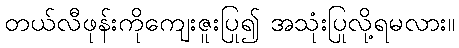
တယ်လီဖုန်းကိုကျေးဇူးပြု၍ အသုံးပြုလို့ရမလား။